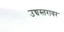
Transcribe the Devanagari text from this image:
उच्चस्तरावर